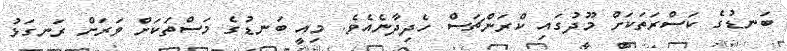
ބަނޑުގެ ކަސްރަތަކަށް މޫދުގައި ކްރަންޗަސް ހެދިދާނެއެވެ. މިއީ ބަނޑުގެ މަސްތަކަށް ވަރަށް ރަނގަޅު